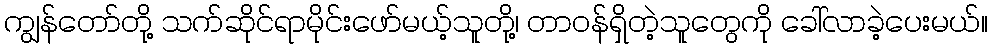
ကျွန်တော်တို့ သက်ဆိုင်ရာမိုင်းဖော်မယ့်သူတို့၊ တာဝန်ရှိတဲ့သူတွေကို ခေါ်လာခဲ့ပေးမယ်။